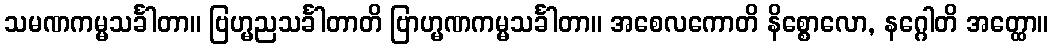
သမဏကမ္မသင်္ခါတာ။ ဗြဟ္မညသင်္ခါတာတိ ဗြာဟ္မဏကမ္မသင်္ခါတာ။ အစေလကောတိ နိစ္စောလော, နဂ္ဂေါတိ အတ္ထော။